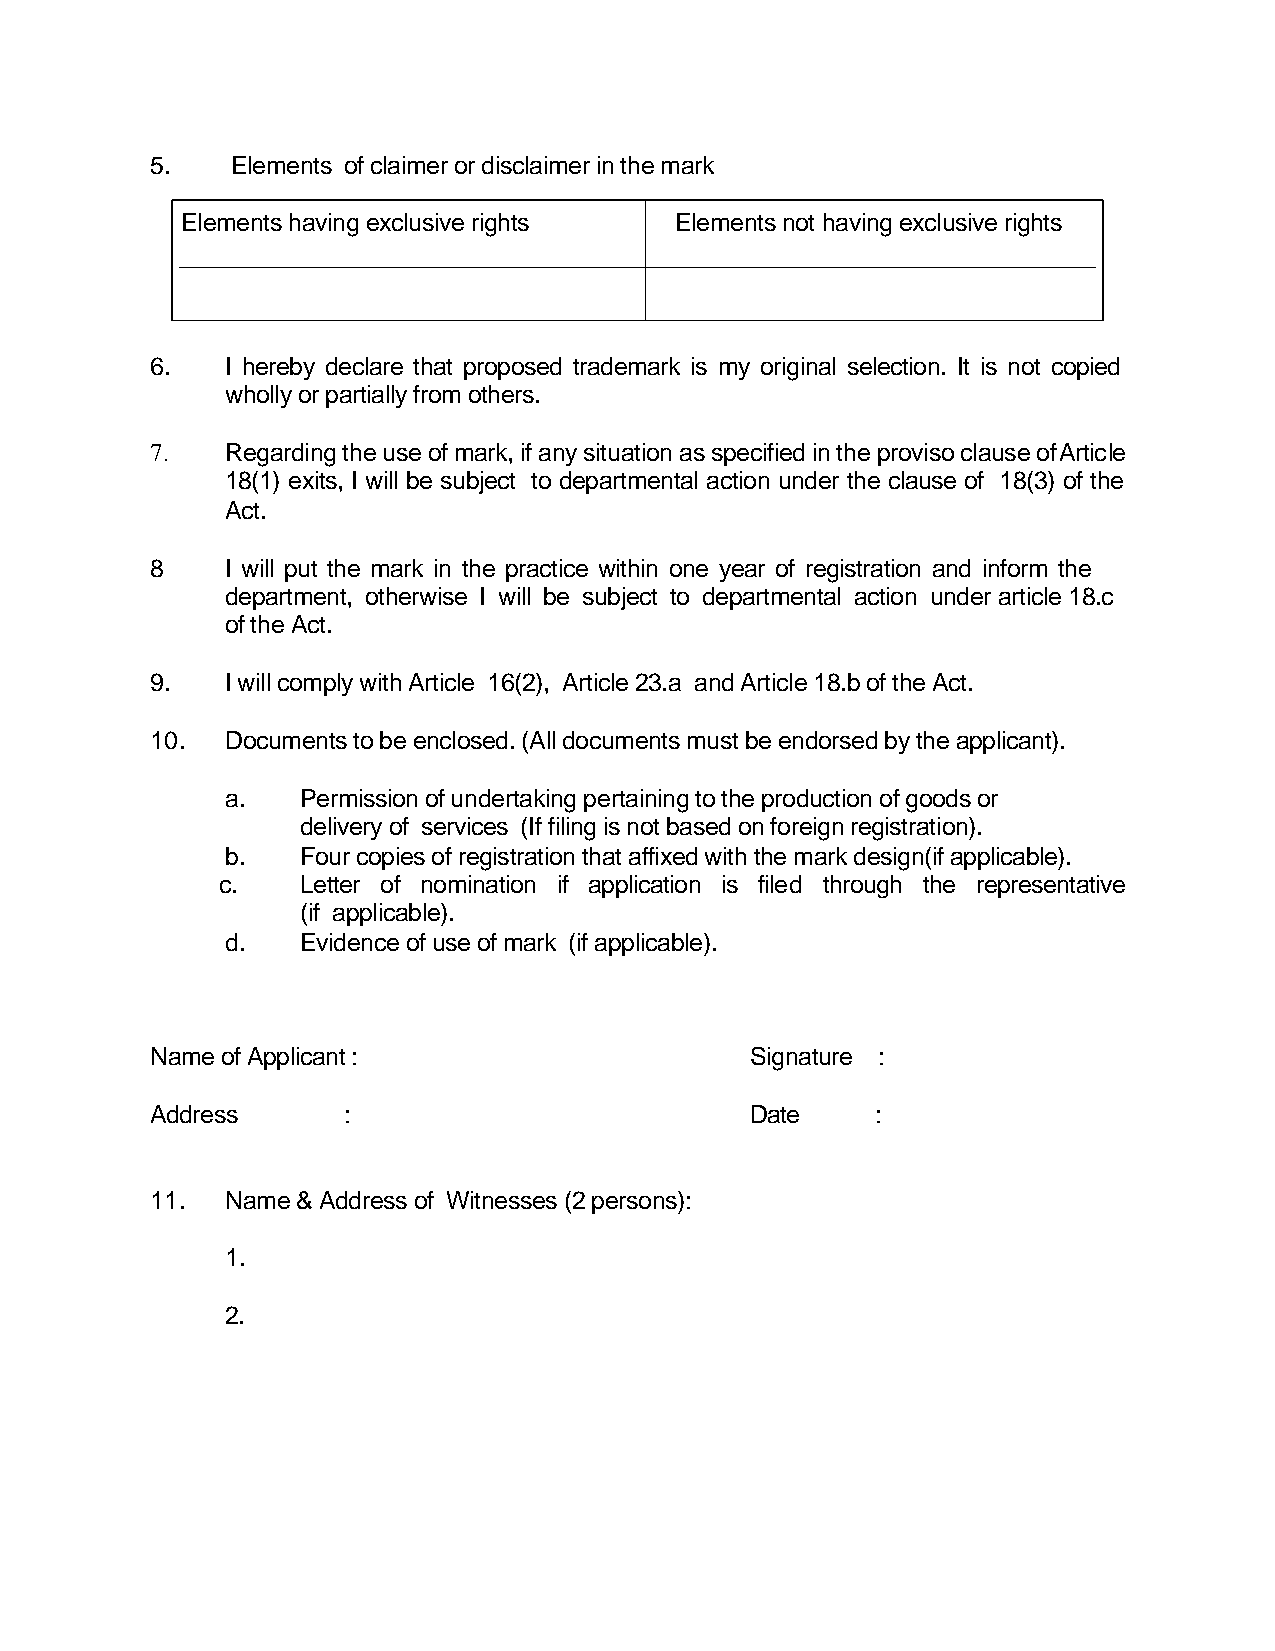
5.   Elements of claimer or disclaimer in the mark
 Elements having exclusive rights Elements not having exclusive rights
 6.   I hereby declare that proposed trademark is my original selection. It is not copied
 wholly or partially from others.
 7.   Regarding the use of mark, if any situation as specified in the proviso clause of Article
 18(1) exits, I will be subject to departmental action under the clause of 18(3) of the
 Act.
 8    I will put the mark in the practice within one year of registration and inform the
 department, otherwise I will be subject to departmental action under article 18.c
 of the Act.
 9.   I will comply with Article 16(2), Article 23.a and Article 18.b of the Act.
 10.  Documents to be enclosed. (All documents must be endorsed by the applicant).
 a.   Permission of undertaking pertaining to the production of goods or
 delivery of services (If filing is not based on foreign registration).
 b.   Four copies of registration that affixed with the mark design(if applicable).
 c.    Letter of nomination if application is filed through the representative
 (if applicable).
 d.   Evidence of use of mark (if applicable).
 Name of Applicant :                     Signature :
 Address      :                          Date    :
 11.  Name & Address of Witnesses (2 persons):
 1.
 2.